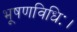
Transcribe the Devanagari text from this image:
भूषणविधिः।